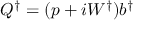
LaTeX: Q ^ { \dagger } = ( p + i W ^ { \dagger } ) b ^ { \dagger }